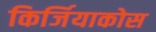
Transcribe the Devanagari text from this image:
किर्जियाकोस